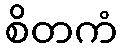
စိတကံ